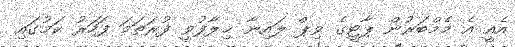
އެއީ އެ މެމްބަރުން ޕާޓީގެ ވިޕް ލައިނާ ޚިލާފުވީ ފުރަތަމަ ފަހަރު ކަމުގައި